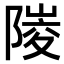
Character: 𨻎